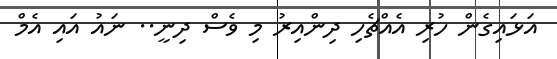
އަޅައިގެން ހުރި އެއްޗެހި ދިންއިރު މި ވެސް ދިނީ.. ނައު އައި އެމް